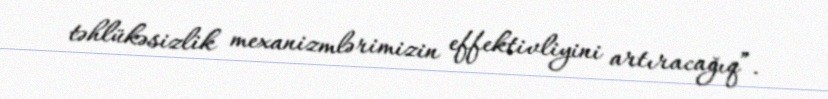
təhlükəsizlik mexanizmlərimizin effektivliyini artıracağıq”.